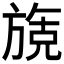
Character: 𬀌